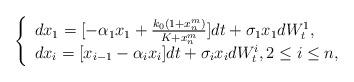
LaTeX: \begin{align*}\left\{\begin{array}{l}dx_1=[-\alpha_1x_1+\frac{k_0(1+x_n^m)}{K+x_n^m}]dt+\sigma_1x_1dW_t^1,\\dx_i=[x_{i-1}-\alpha_ix_i]dt+\sigma_ix_idW_t^i,2\leq i\leq n,\end{array}\right.\end{align*}